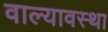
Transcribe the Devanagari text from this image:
वाल्यावस्था